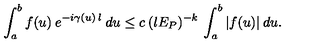
\int _ { a } ^ { b } f ( u ) \: e ^ { - i \gamma ( u ) \: l } \: d u \leq c \: ( l E _ { P } ) ^ { - k } \: \int _ { a } ^ { b } | f ( u ) | \: d u .